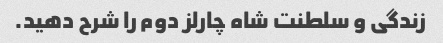
زندگی و سلطنت شاه چارلز دوم را شرح دهید.